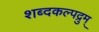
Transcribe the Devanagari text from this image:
शब्दकल्पद्रुम्